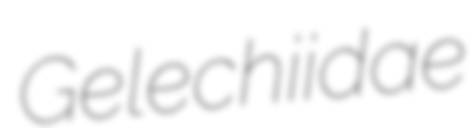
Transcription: Gelechiidae